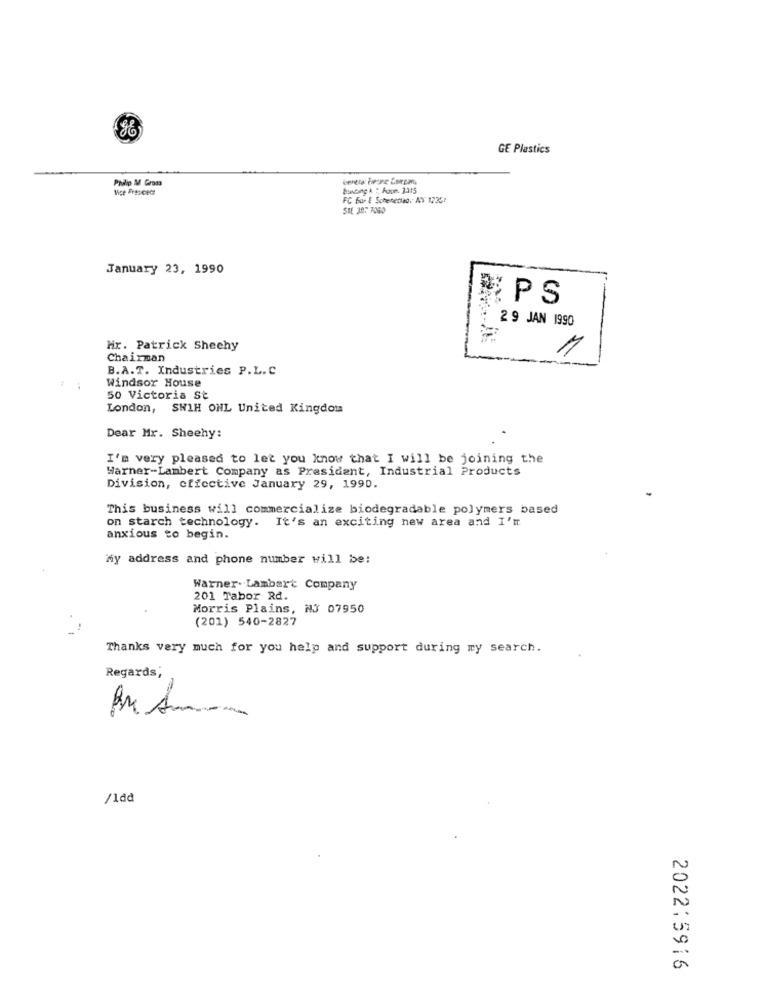
GE Plastics
Philip M Gross
Vice Frescecr
FC Bar E Schenedad, AV 12351
SHE 387 7000
January 23, 1990
#PS
2 9 JAN 1990
Mir. Patrick Sheehy
1
Chairman
B.A.T. Industries P.L.C
Windsor House
50 Victoria St
London, SW1H ONL United Kingdom
Dear Mr. Sheehy:
I'm very pleased to let you know that I will be joining the
Warner-Lambert Company as President, Industrial Products
Division, effective January 29, 1990.
This business will commercialize biodegradable polymers based
on starch technology. It's an exciting new area and I'tr
anxious to begin.
my address and phone number will be:
Warner.Lambert Company
201 Tabor Rd.
Morris Plains, NJ 07950
(201) 540-2827
Thanks very much for you help and support during my search.
Regards;
/1dd
2022:5916